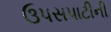
ઉપસપાટીની